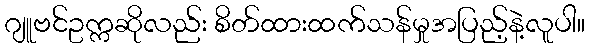
ဂျူဗင်ဥက္ကဆိုလည်း စိတ်ထားထက်သန်မှုအပြည့်နဲ့လူပါ။